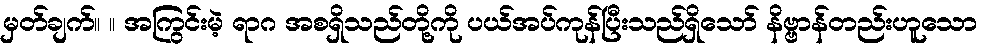
မှတ်ချက်။ ။ အကြွင်းမဲ့ ရာဂ အစရှိသည်တို့ကို ပယ်အပ်ကုန်ပြီးသည်ရှိသော် နိဗ္ဗာန်တည်းဟူသော